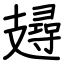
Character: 攳